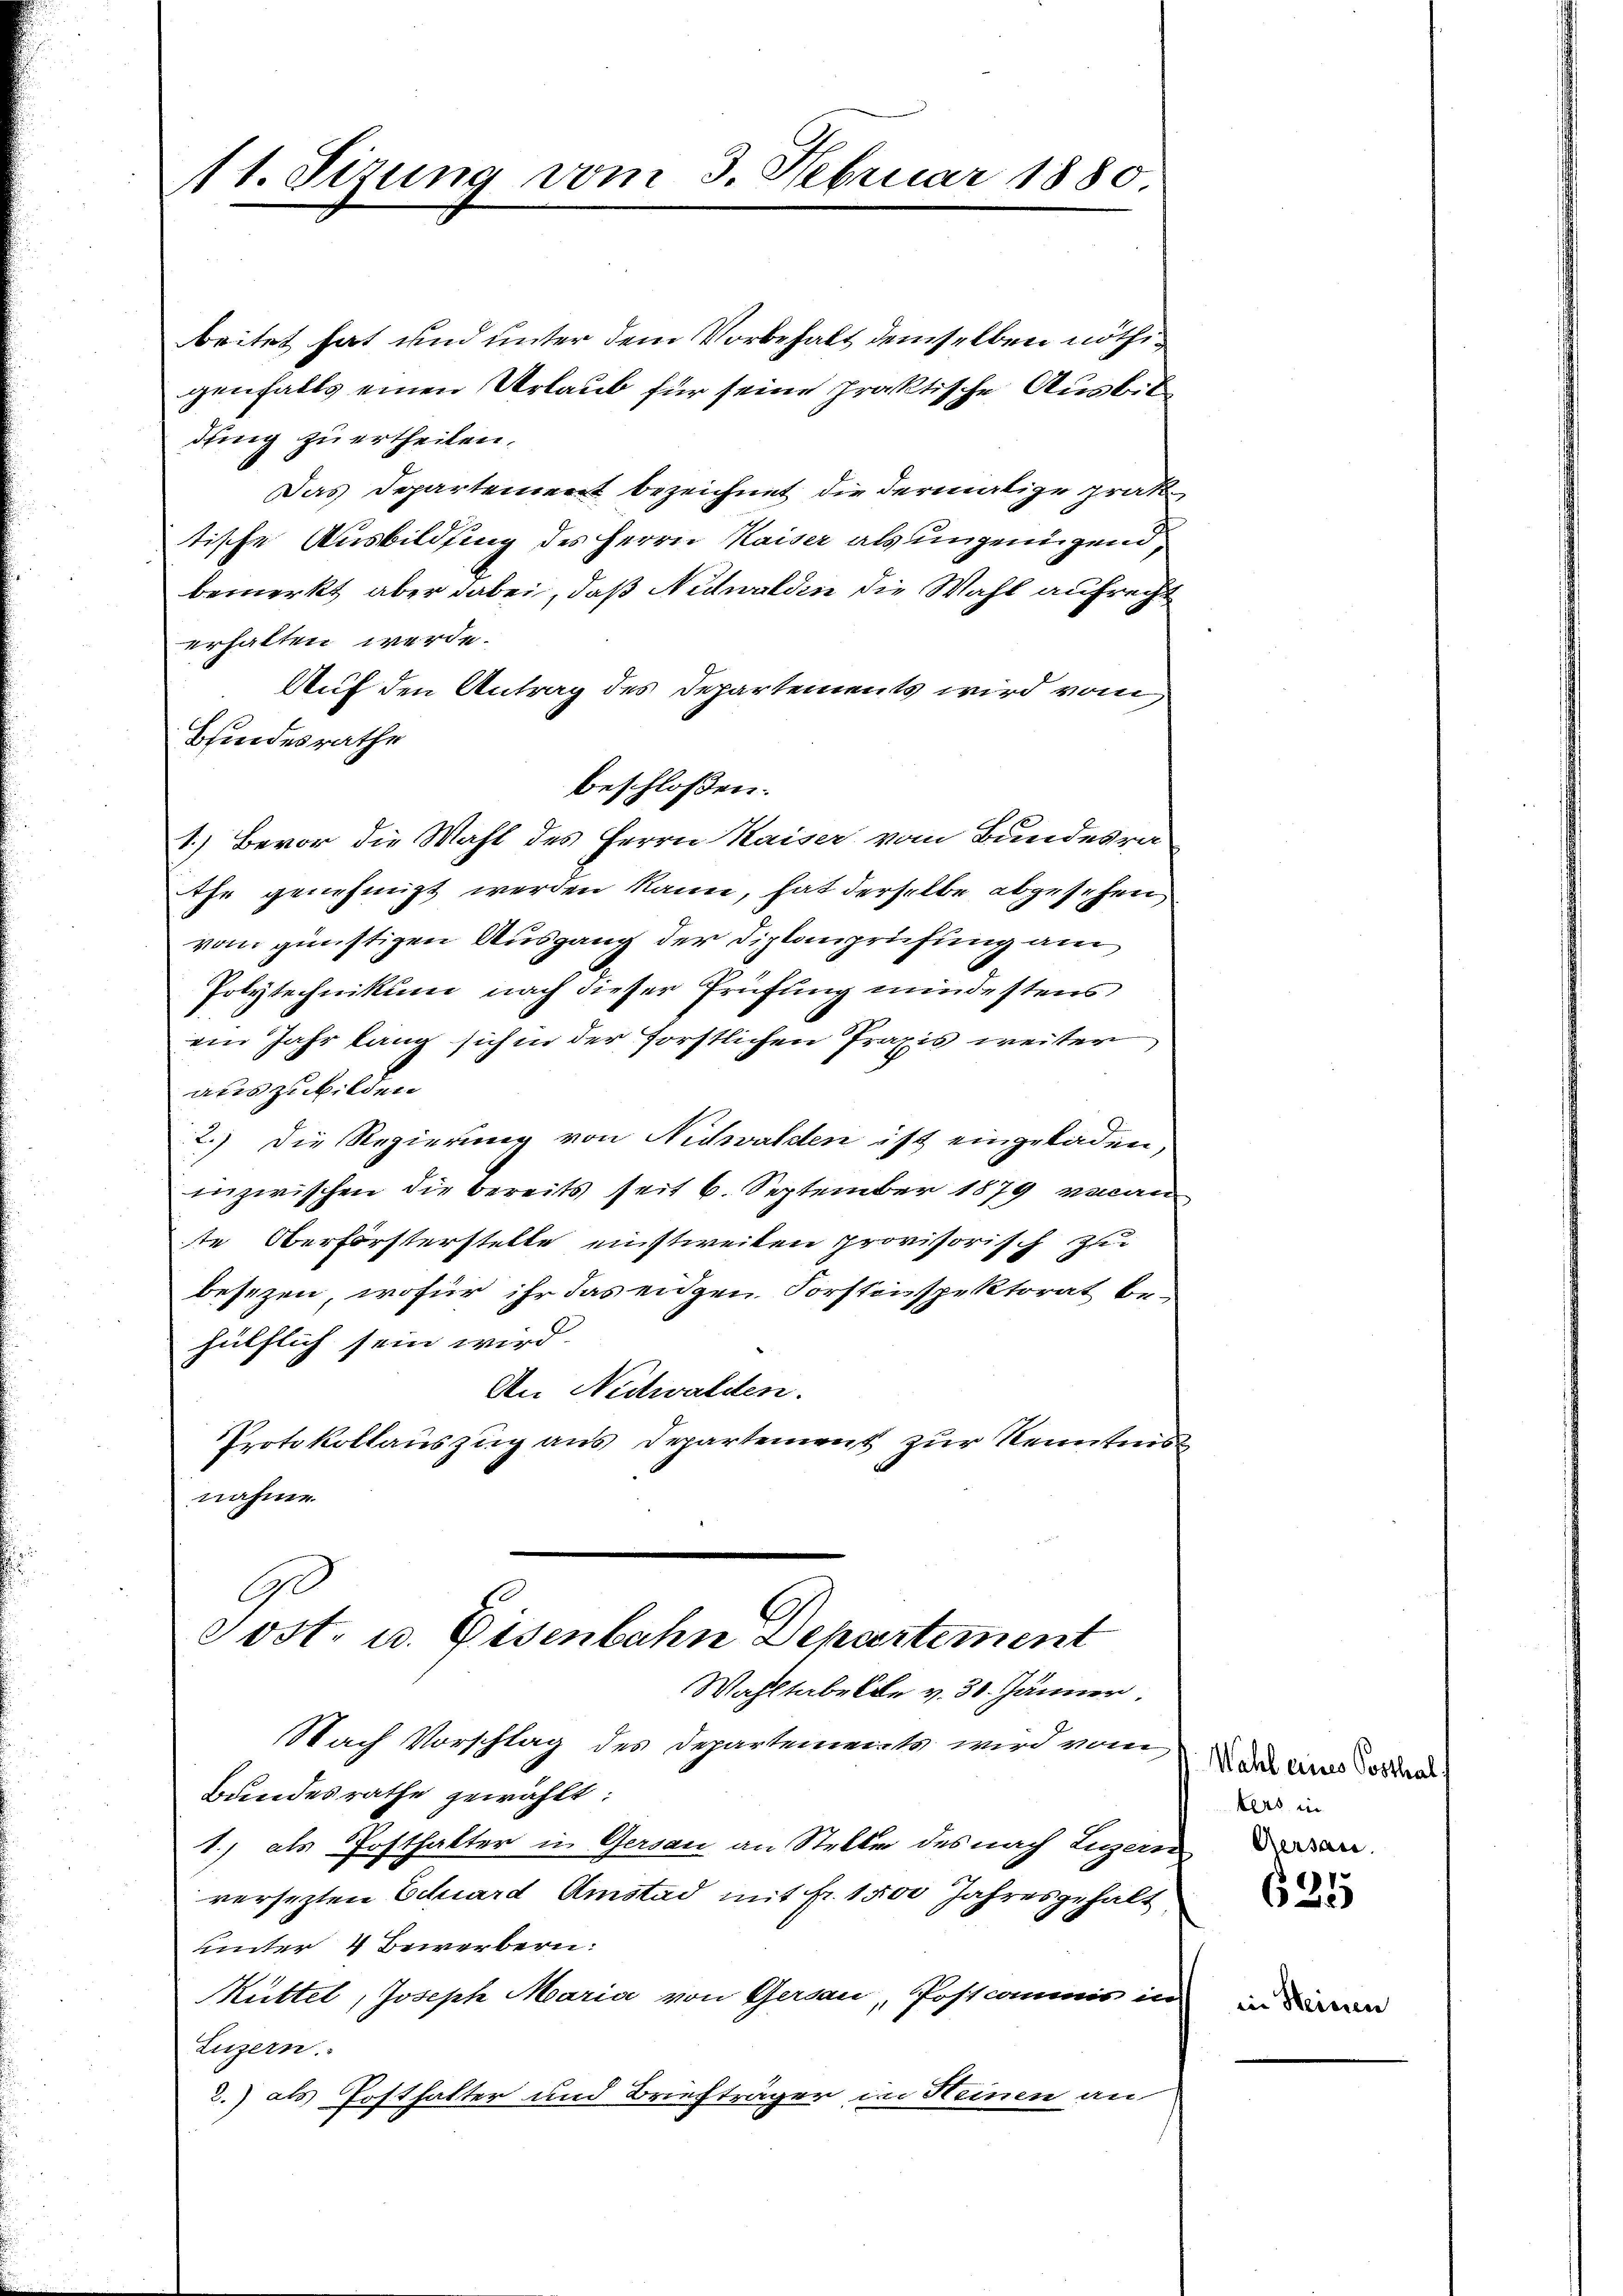
11. Sizung vom 3. Februar 1880.

beitet hat und unter dem Vorbehalt demselben nöthigenfalls einen Urlaub für seine praktische Ausbit
dung zu ertheilen.
Das Departement bezeichnet, die dermalige prak
tische Ausbildung des Herrn Kaiser als ungenügend,
bemerkt, aber dabei, daß Nidwalden die Wahl aufrecht
erhalten werde.
Auf den Antrag des Departements wird vom
Bindesrathe
beschlossen:
1.) Bevor die Wahl des Herrn Kaiser vom Bundesra
Ihr genehmigt werden kann, hat derselbe abgesehen
vom günstigen Ausgang der Diplanprüfung am
Polytechnikum nach dieser Prüfung mindestens
ein Jahr lang sich in der forstlichen Praxis weiter
auszubilden.
2.) Die Regierung von Nidwalden ist eingeladen,
inzwischen die bereits seit 6. September 1879 veran
te Oberförsterstelle einstweiten provisorisch zu
besezen, wofür ihr das eidgen Forstenspektorat behülflich sein wird.
An Nidwalden.
Protokollauszug aus Departement zur Kenntnis
nahme
G.
Post- u. Eisenbahn Departement
Wahltabelle v. 30. Jänner,
NNach Vorschlag des Departements wird vom
Bundesrathe gewählt:
1.) als Posthakter in Gersau an Stelle des nach Luzern
versezten Echard Amstad mit fr. 1500 Jahresgehalt
unter 4 Bewerbern
Nüttel, Joseph Maria von Gersau, Postcommis in
Luzern.
2.) als Posthalter und Briefträger in Heinen an

Wahl eines Posthal
kers in
Gersau.

625

in Heinen